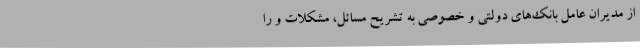
از مدیران عامل بانک‌های دولتی و خصوصی به تشریح مسائل، مشکلات و را